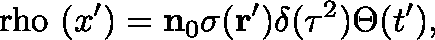
\mathrm { \boldmath ~ \ r h o ~ } ( x ^ { \prime } ) = { \bf n } _ { 0 } \sigma ( { \bf r ^ { \prime } } ) \delta ( \tau ^ { 2 } ) \Theta ( t ^ { \prime } ) ,